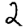
Digit: 2